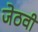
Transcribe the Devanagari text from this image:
जेठवी